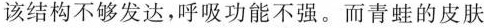
该结构不够发达，呼吸功能不强。而青蛙的皮肤